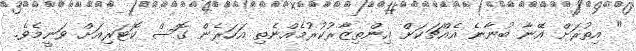
" އިތުރަށް އޭނާ ބުނާނެ އެއްޗަކަށް އިންތިޒާރުކުރުމެއްނެތި އަހަރެން ގޮސް ކޮޓަރިއަށް ވަނީމެވެ.